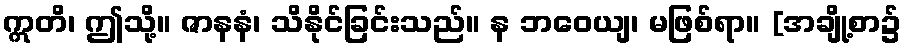
ဣတိ၊ ဤသို့။ ဇာနနံ၊ သိနိုင်ခြင်းသည်။ န ဘဝေယျ၊ မဖြစ်ရာ။ [အချို့စာ၌